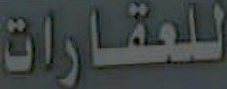
للعقارات